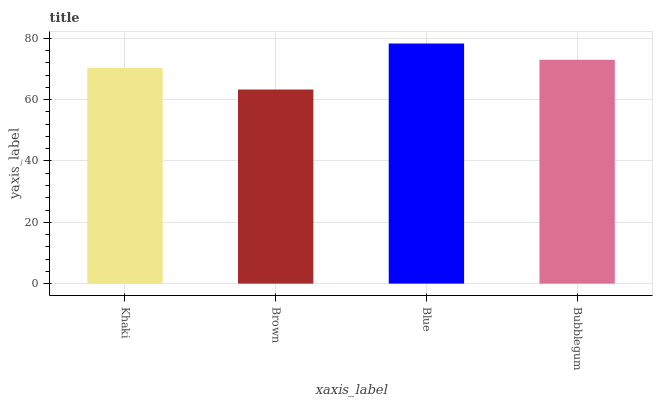
| xaxis_label | bars |
 | --- | --- |
 | Khaki | 70.3 |
 | Brown | 63.3 |
 | Blue | 78.3 |
 | Bubblegum | 73 |